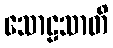
သောဠသာတိ